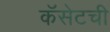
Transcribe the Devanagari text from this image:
कॅसेटची